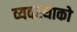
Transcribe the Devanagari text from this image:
व्यवस्थाको